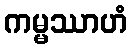
ကမ္မဿာဟံ